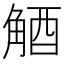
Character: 𧣮